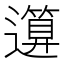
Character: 𥳪